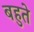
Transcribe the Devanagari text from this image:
बहुते